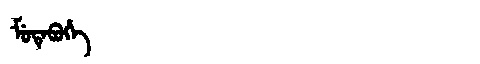
Manchu: ᠮᡠᡨᡝᠪᡠᡥᡝ
Romanization: MUTEBUHE